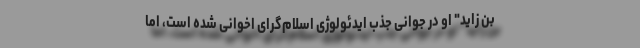
بن زاید" او در جوانی جذب ایدئولوژی اسلام‌گرای اخوانی شده است، اما